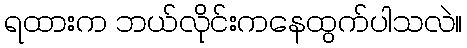
ရထားက ဘယ်လိုင်းကနေထွက်ပါသလဲ။